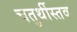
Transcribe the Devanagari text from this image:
चतुर्थीस्तव